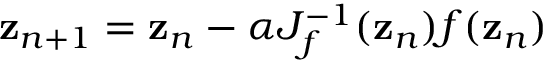
{ \bf z } _ { n + 1 } = { \bf z } _ { n } - \alpha J _ { f } ^ { - 1 } ( { \bf z } _ { n } ) f ( { \bf z } _ { n } )